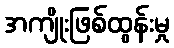
အကျိုးဖြစ်ထွန်းမှု